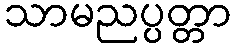
သာမညပ္ပတ္တာ